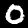
Label: 0